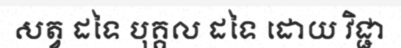
សត្វ ដទៃ បុគ្គល ដទៃ ដោយ វិជ្ជា